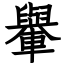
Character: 轝